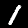
Label: 1